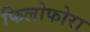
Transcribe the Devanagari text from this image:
फिलोफोरा